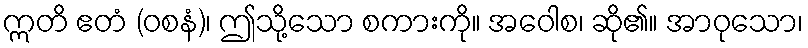
ဣတိ ဧတံ (ဝစနံ)၊ ဤသို့သော စကားကို။ အဝေါစ၊ ဆို၏။ အာဝုသော၊